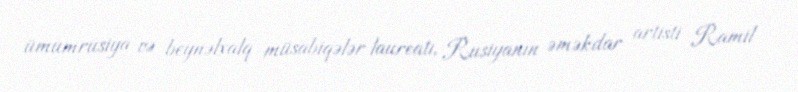
ümumrusiya və beynəlxalq müsabiqələr laureatı, Rusiyanın əməkdar artisti Ramil